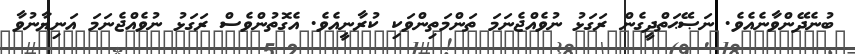
ބުނެދޭންވާނެއެވެ. ނަޞޭޙަތްދީގެން ރަގަޅު ނުވެއްޖެނަމަ ތަންމަތިންވަކި ކުރާނީއެވެ. އެގޮތުންވެސް ރަގަޅު ނުވެއްޖެނަމަ އަނިޔާނުވާ